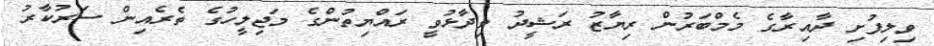
ވިލިފުށި ދާއިރާގެ މެމްބަރުން ރިޔާޒު ރަޝީދު ވިދާޅުވީ ރައްޔިތުންގެ މަޖިލީހުގެ ތެރެއިން ސަރުކާރު